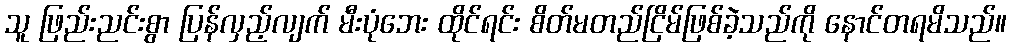
သူ ဖြည်းညင်းစွာ ပြန်လှည့်လျက် မီးပုံဘေး ထိုင်ရင်း စိတ်မတည်ငြိမ်ဖြစ်ခဲ့သည်ကို နောင်တရမိသည်။